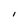
Character: l